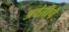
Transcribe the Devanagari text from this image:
अवंतीचे